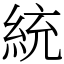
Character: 統